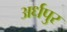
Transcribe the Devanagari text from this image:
अर्धपुर